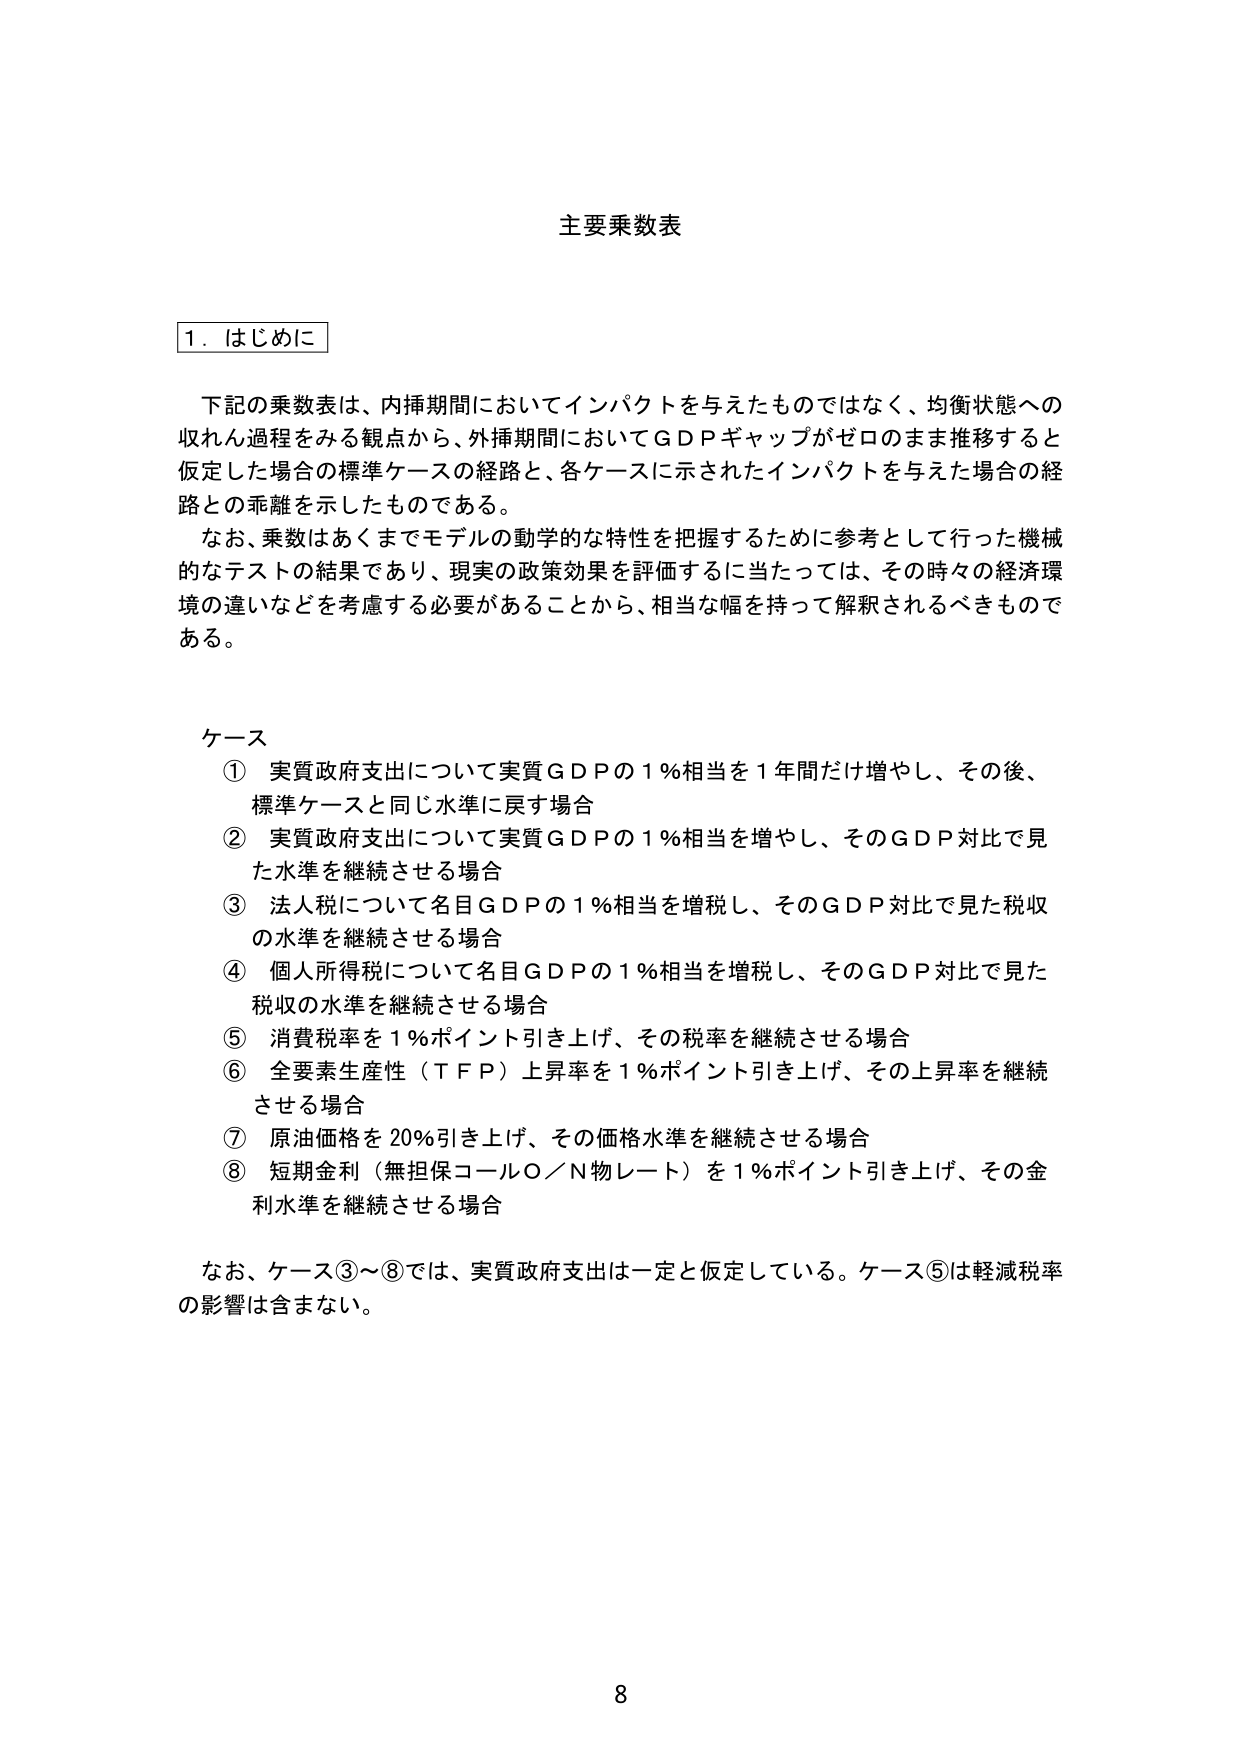
主要乗数表

1．はじめに

下記の乗数表は、内挿期間においてインパクトを与えたものではなく、均衡状態への
収れん過程をみる観点から、外挿期間においてＧＤＰギャップがゼロのまま推移すると
仮定した場合の標準ケースの経路と、各ケースに示されたインパクトを与えた場合の経
路との乖離を示したものである。
なお、乗数はあくまでモデルの動学的な特性を把握するために参考として行った機械
的なテストの結果であり、現実の政策効果を評価するに当たっては、その時々の経済環
境の違いなどを考慮する必要があることから、相当な幅を持って解釈されるべきもので
ある。

ケース
① 実質政府支出について実質ＧＤＰの１％相当を１年間だけ増やし、その後、
　標準ケースと同じ水準に戻す場合
② 実質政府支出について実質ＧＤＰの１％相当を増やし、そのＧＤＰ対比で見
　た水準を継続させる場合
③ 法人税について名目ＧＤＰの１％相当を増税し、そのＧＤＰ対比で見た税収
　の水準を継続させる場合
④ 個人所得税について名目ＧＤＰの１％相当を増税し、そのＧＤＰ対比で見た
　税収の水準を継続させる場合
⑤ 消費税率を１％ポイント引き上げ、その税率を継続させる場合
⑥ 全要素生産性（ＴＦＰ）上昇率を１％ポイント引き上げ、その上昇率を継続
　させる場合
⑦ 原油価格を20％引き上げ、その価格水準を継続させる場合
⑧ 短期金利（無担保コールＯ／Ｎ物レート）を１％ポイント引き上げ、その金
　利水準を継続させる場合

なお、ケース③～⑧では、実質政府支出は一定と仮定している。ケース⑤は軽減税率
の影響は含まない。

8